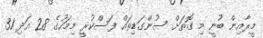
މީރާއިން ބުނީ މި ގޮތަށް ސުންގަޑިތައް ފަސްކުރީ މިމަހުގެ 28 އަދި 31